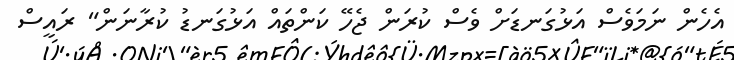
އެހެން ނަމަވެސް އަޅުގަނޑަށް ވެސް ކުރަން ޖެހޭ ކަންތައް އަޅުގަނޑު ކުރާނަން" ރައީސް